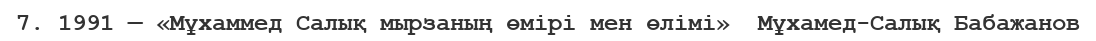
7. 1991 — «Мұхаммед Салық мырзаның өмірі мен өлімі»  Мұхамед-Салық Бабажанов